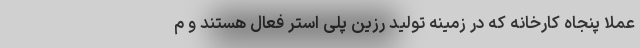
عملا پنجاه کارخانه که در زمینه تولید رزین پلی استر فعال هستند و م